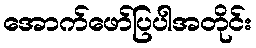
အောက်ဖော်ပြပါအတိုင်း